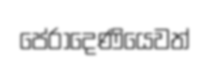
පේරාදෙණියෙවත්